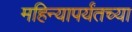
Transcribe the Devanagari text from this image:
महिन्यापर्यंतच्या